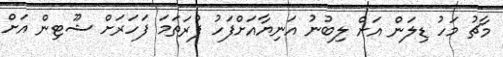
މާޗު މަހު ޑިލަން އަށް ލިބުނު އަނިޔާއަށްފަހު ފުރަތަމަ ފަހަރަށް ޝޫޓިން އަށް